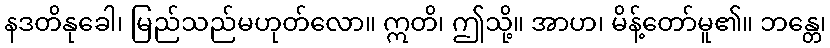
နဒတိနုခေါ၊ မြည်သည်မဟုတ်လော။ ဣတိ၊ ဤသို့။ အာဟ၊ မိန့်တော်မူ၏။ ဘန္တေ၊